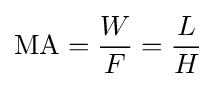
\mathrm {MA} ={\frac {W}{F}}={\frac {L}{H}}